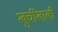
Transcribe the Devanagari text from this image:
खुर्चीखाली